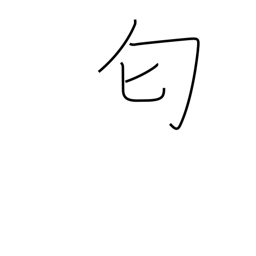
Meaning: stink